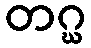
တဂ္ဃ